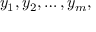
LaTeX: y _ { 1 } , y _ { 2 } , \dots , y _ { m } ,